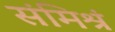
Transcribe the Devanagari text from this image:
संमिश्रं